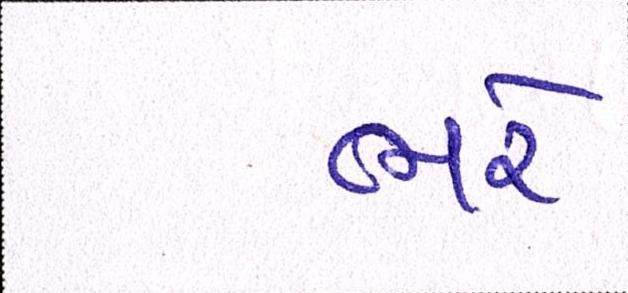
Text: ભરે